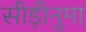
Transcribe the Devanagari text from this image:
सीड़ीनुमा